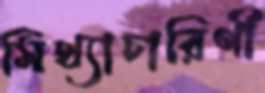
মিথ্যাচারিণী